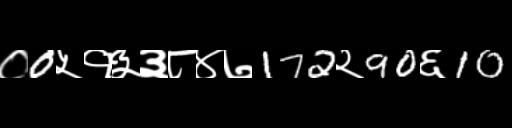
Text: ०0५१३३८४७172२90६10